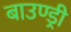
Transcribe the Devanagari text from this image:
बाउण्ड्री